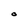
Character: O